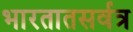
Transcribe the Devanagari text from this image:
भारतातसर्वत्र